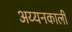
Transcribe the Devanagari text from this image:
अय्यनकाली